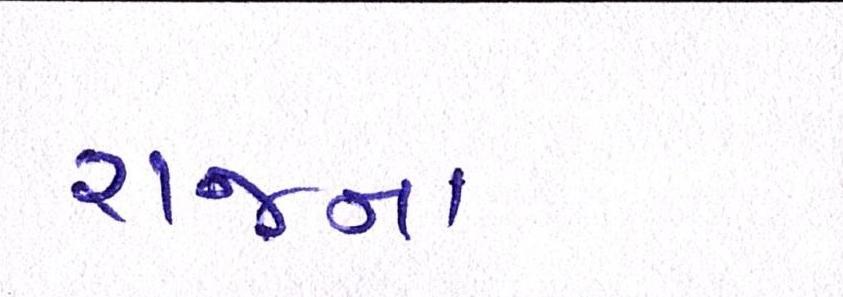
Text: રાજના